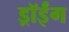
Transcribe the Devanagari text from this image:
ड्रॉईंग